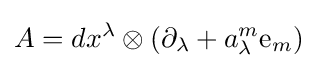
A=dx^{\lambda }\otimes \left(\partial _{\lambda }+a_{\lambda }^{m}{\mathrm {e} }_{m}\right)